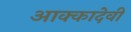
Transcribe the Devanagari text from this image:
आक्कादेवी